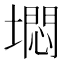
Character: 𱗹